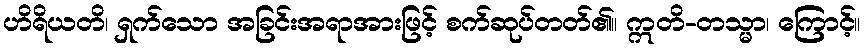
ဟိရိယတိ၊ ရှက်သော အခြင်းအရာအားဖြင့် စက်ဆုပ်တတ်၏။ ဣတိ-တသ္မာ၊ ကြောင့်။